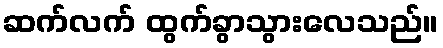
ဆက်လက် ထွက်ခွာသွားလေသည်။